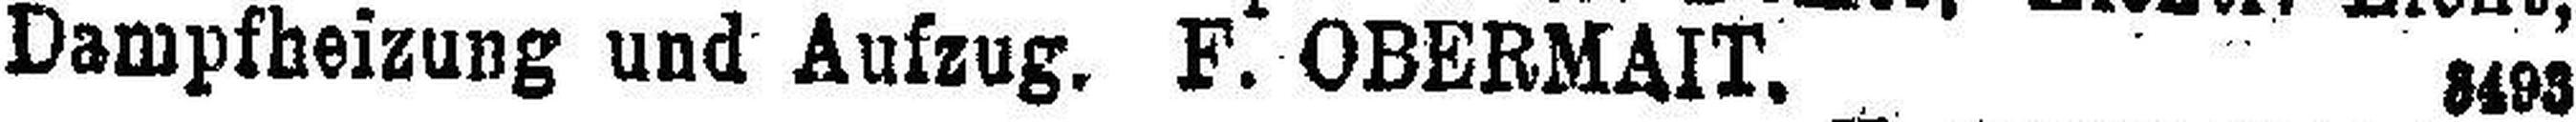
Dampfheizung und Aufzug. F. OBERMAIT. 3493